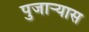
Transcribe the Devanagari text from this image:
पुजार्‍यास